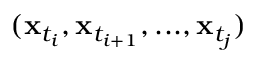
( \mathbf { x } _ { t _ { i } } , \mathbf { x } _ { t _ { i + 1 } } , . . . , \mathbf { x } _ { t _ { j } } )